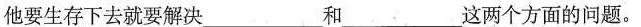
他要生存下去就要解决___和___这两个方面的问题。